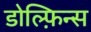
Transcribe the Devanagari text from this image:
डोल्फ़िन्स